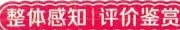
整体感知 评价鉴赏